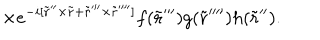
LaTeX: \times e ^ { - { i } [ \tilde { \bf r } ^ { \prime \prime } \times \tilde { \bf r } + \tilde { \bf r } ^ { \prime \prime \prime } \times \tilde { \bf r } ^ { \prime \prime \prime \prime } ] } f ( \tilde { \bf r } ^ { \prime \prime \prime } ) g ( \tilde { \bf r } ^ { \prime \prime \prime \prime } ) h ( \tilde { \bf r } ^ { \prime \prime } ) .